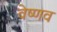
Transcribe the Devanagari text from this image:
वेष्णव